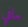
مافي